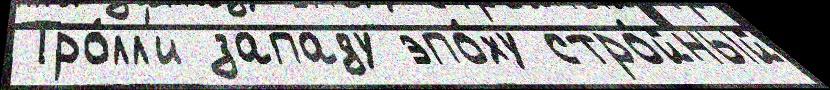
Тро́лл'и западу эпо́ху стро́йный